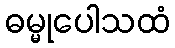
ဓမ္မုပေါသထံ